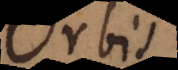
Orbis